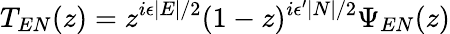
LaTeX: T_{EN}(z)=z^{i\epsilon\mid E\mid/2}(1-z)^{i\epsilon^{\prime}\mid N\mid/2}\Psi_{EN}(z)